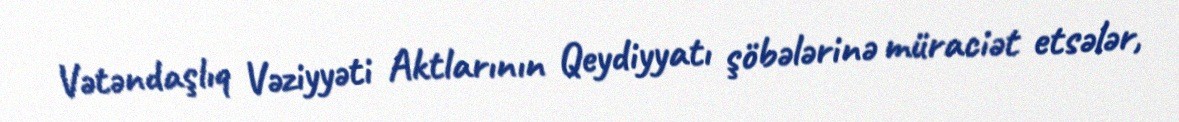
Vətəndaşlıq Vəziyyəti Aktlarının Qeydiyyatı şöbələrinə müraciət etsələr,